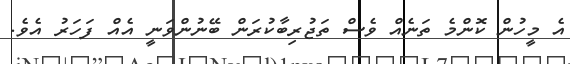
އެ މީހުން ކޮންމެ ތަނެއް ވެސް ތަޖުރިބާކުރަން ބޭނުންވަނީ އެއް ފަހަރު އެވެ.